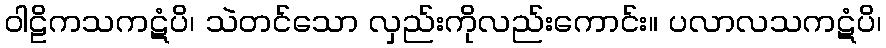
ဝါဠိကသကဋံပိ၊ သဲတင်သော လှည်းကိုလည်းကောင်း။ ပလာလသကဋံပိ၊